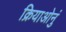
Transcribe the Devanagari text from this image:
क्रियाओनुं